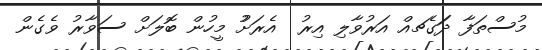
މުސްތަފާ ދަަަަަަަގެޗއް އަރުވާލި އިރު  އެރަށުު މީހުން ބޮލަށް ސަވާރު ވެގެން